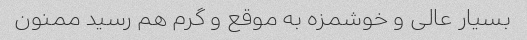
بسیار عالی و خوشمزه به موقع و گرم هم رسید ممنون